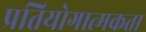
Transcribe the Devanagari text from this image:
प्रतियोगात्मकता